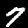
Digit: 7